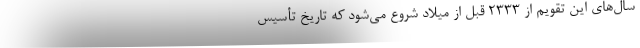
سال‌های این تقویم از ۲۳۳۳ قبل از میلاد شروع می‌شود که تاریخ تأسیس